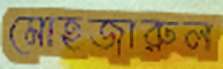
মোহজারুল